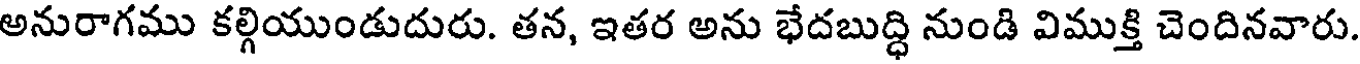
అనురాగము కల్గియుండుదురు. తన, ఇతర అను భేదబుద్ధి నుండి విముక్తి చెందినవారు